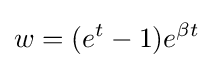
w=(e^{t}-1)e^{\beta t}